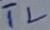
Text: TL